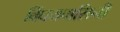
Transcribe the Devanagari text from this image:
विंघयवासिनी